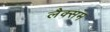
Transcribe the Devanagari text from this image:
लैक्सम